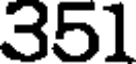
351